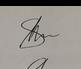
Signature authenticity: genuine